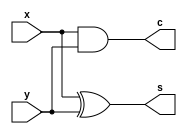
`timescale 1ns / 1ps
//////////////////////////////////////////////////////////////////////////////////
// Company: 
// Engineer: 
// 
// Design Name: 
// Module Name:    half_adder 
// Project Name: 
// Target Devices: 
// Tool versions: 
// Description: 
//
// Dependencies: 
//
// Revision: 
// Revision 0.01 - File Created
// Additional Comments: 
//
//////////////////////////////////////////////////////////////////////////////////
module half_adder(x,y,s,c);
   input x,y;
   output s,c;
   assign s=x^y;
   assign c=x&y;
endmodule